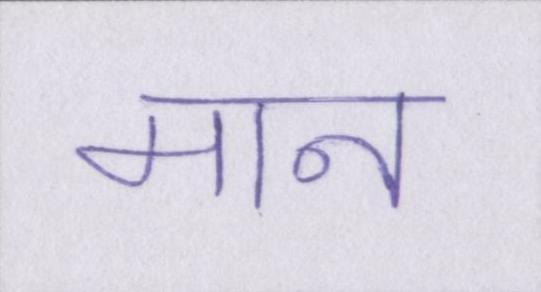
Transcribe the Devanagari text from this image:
मान